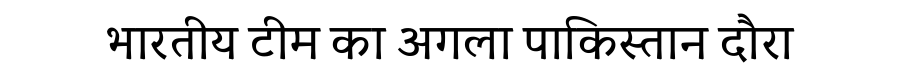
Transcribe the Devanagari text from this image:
भारतीय टीम का अगला पाकिस्तान दौरा